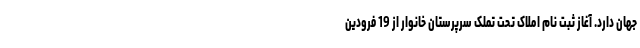
جهان دارد. آغاز ثبت نام املاک تحت تملک سرپرستان خانوار از 19 فرودین